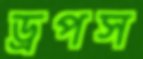
ড্রপস